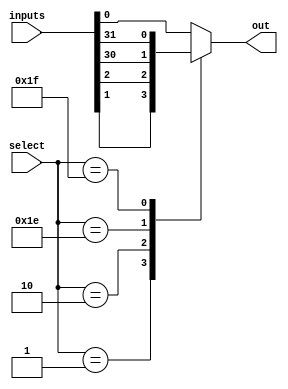
module mux_32to1 (
    input [31:0] inputs,
    input [4:0] select,
    output reg out
);

always @(*) begin
    case(select)
        5'b00000: out = inputs[0];
        5'b00001: out = inputs[1];
        5'b00010: out = inputs[2];
        // ...
        5'b11110: out = inputs[30];
        5'b11111: out = inputs[31];
        default: out = inputs[0]; // Default case for safety
    endcase
end

endmodule